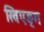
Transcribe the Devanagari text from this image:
खिएङ्ग